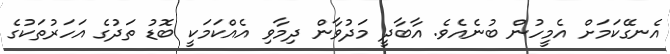
އެނގޭކަމަށް އެމީހުން ބުނެއެވެ. އާބާދީ މަދުވާން ދިމާވި އެއްކަމަކީ ބޮޑު ތަދުގެ އަހަރުތަކުގެ